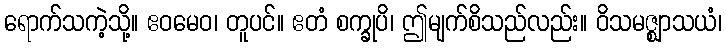
ရောက်သကဲ့သို့။ ဧဝမေဝ၊ တူပင်။ ဧတံ စက္ခုပိ၊ ဤမျက်စိသည်လည်း။ ဝိသမဇ္ဈာသယံ၊